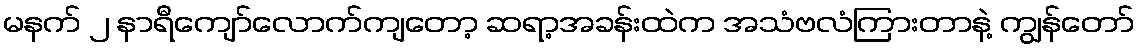
မနက် ၂ နာရီကျော်လောက်ကျတော့ ဆရာ့အခန်းထဲက အသံဗလံကြားတာနဲ့ ကျွန်တော်